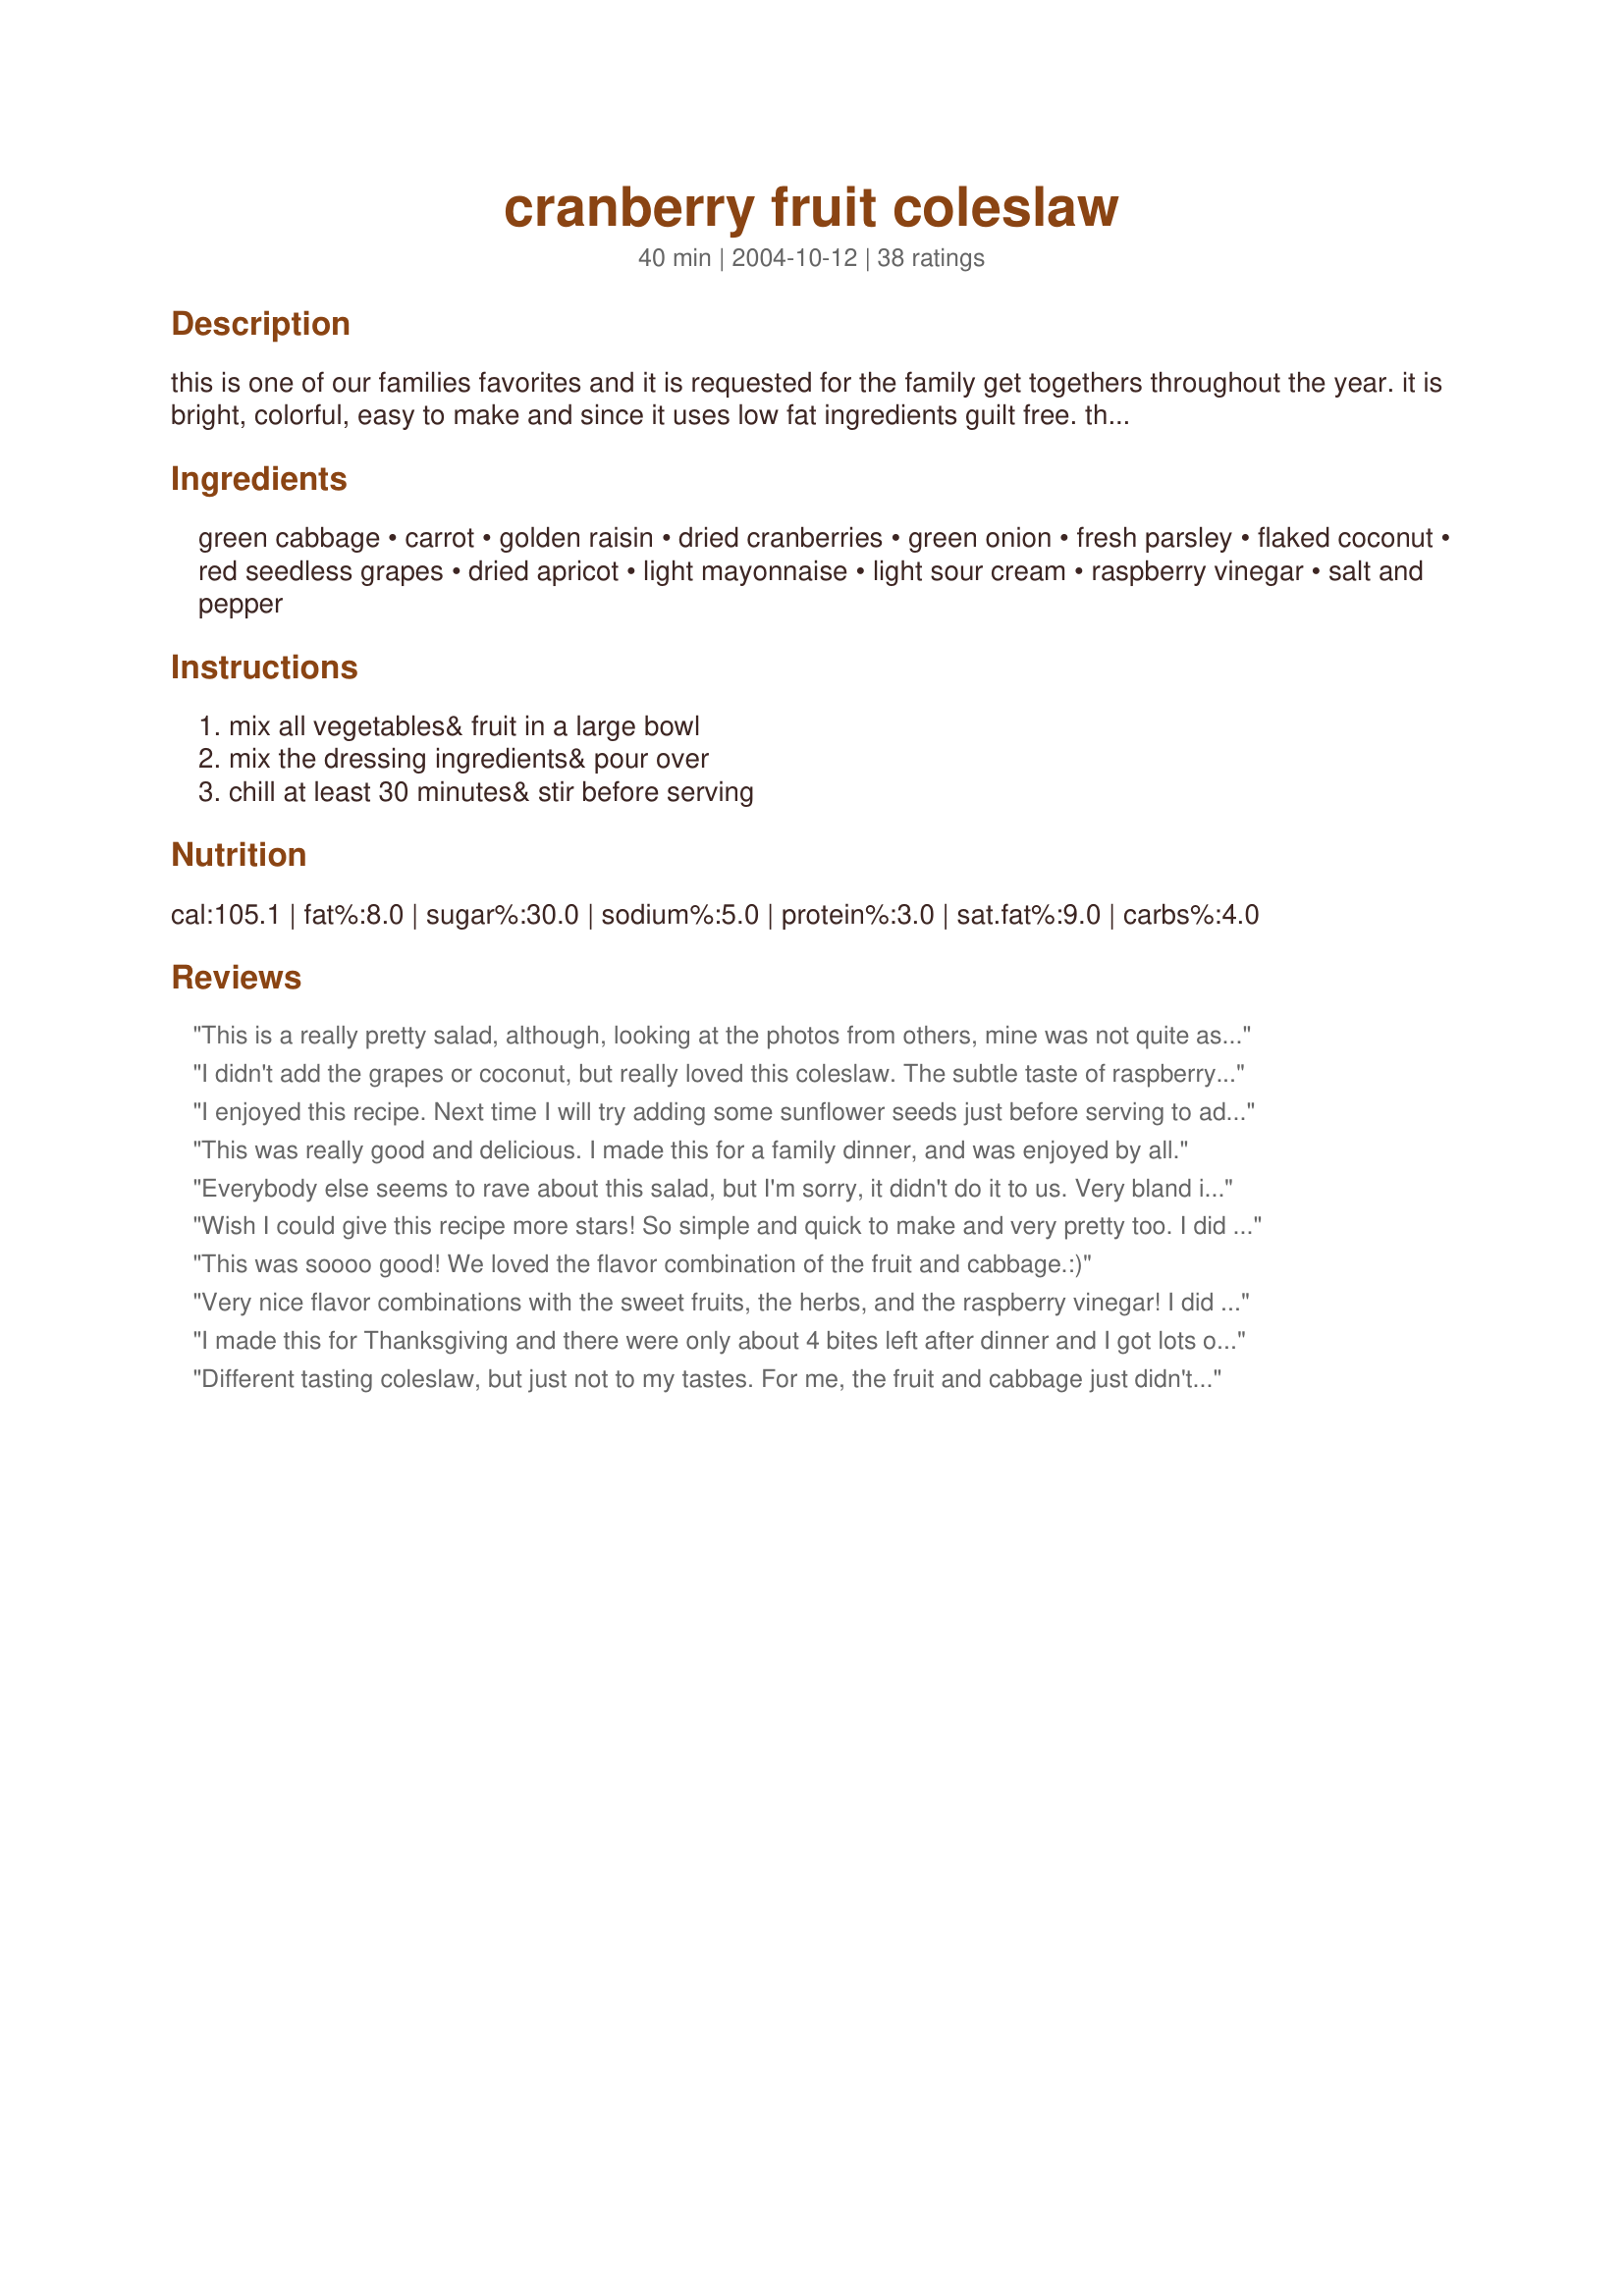
cranberry fruit coleslaw
Preparation time: 40 minutes

this is one of our families favorites and it is requested for the family get togethers throughout the year. it is bright, colorful, easy to make and since it uses low fat ingredients guilt free. the recipe was adapted from one served at the kimbell museum in fort worth texas.

Ingredients:
green cabbage, carrot, golden raisin, dried cranberries, green onion, fresh parsley, flaked coconut, red seedless grapes, dried apricot, light mayonnaise, light sour cream, raspberry vinegar, salt and pepper

Steps:
mix all vegetables& fruit in a large bowl, mix the dressing ingredients& pour over, chill at least 30 minutes& stir before serving

Reviews:
This is a really pretty salad, although, looking at the photos from others, mine was not quite as pretty as some. I highly recommend using the raspberry vinegar - it really added a bright fresh flavor to the dressing. My raisins were kind of hard and old, but after sitting in the salad a while they did absorb some moisture and soften up. I think a nice addition to this salad would be some chopped nuts, such as pecans or walnuts. I didn't have any coconut, so left that out. I don't think it hurt the salad at all, but not sure about that. This would certainly be a great colesalw for a special dinner. The grapes and dried apricots really were wonderful and "made" the salad, in my opinion. I wouldn't say they were optional.
I didn't add the grapes or coconut, but really loved this coleslaw. The subtle taste of raspberry in the dressing is so good. ETA: On the second day, I did add some coconut and I must say, the coleslaw was even better!
I enjoyed this recipe. Next time I will try adding some sunflower seeds just before serving to add a little crunch. This was an easy salad to prepare especially if you use a prepackaged coleslaw mix. The flavour of this salad is enhanced if left to sit longer, so if possible make it the day before you need it. Thanks for the recipe.
This was really good and delicious. I made this for a family dinner, and was enjoyed by all.
Everybody else seems to rave about this salad, but I'm sorry, it didn't do it to us. Very bland in our opinion, but I suppose that is the idea here, subtleness.
Wish I could give this recipe more stars! So simple and quick to make and very pretty too. I did add a little more raisins and cranraisins just because I do like them a lot. Did not have the raspberry or cider vinegar so I used 2 tablespoons of red wine vinegar with about 1 teaspoon of brown sugar. The coconut is so good with just a hint of taste! I did not add salt, pepper, or the apricots although next time I will try with the apricots.Thanks so much SusieD, fantastic slaw!
This was soooo good! We loved the flavor combination of the fruit and cabbage.:)
Very nice flavor combinations with the sweet fruits, the herbs, and the raspberry vinegar! I did add just about a tbls. of sugar(I'm so used to sweet!), otherwise followed directions. I added dried apricots too. Thank you Susie!
I made this for Thanksgiving and there were only about 4 bites left after dinner and I got lots of compliments! If (when) I make this again, I think I will cut down on the dressing a little bit because I felt like there was too much (if I poured more carefully, I could have probably prevented that problem). I live in China so I made a couple of slight changes. I left out the coconut because I don't have any. I also substituted a mulberry vinegar/drink for the raspberry vinegar. Thanks for posting this!
Different tasting coleslaw, but just not to my tastes. For me, the fruit and cabbage just didn't work well together.
This was SO yummy! I made tonight for a impromtu cookout with neighbors and they all loved it and want the recipe! Great job!
Try it, love it! A great combination of cabbage and dried fruits. Parsley added just the right touch of herbal flavors. I love the combination of sweetness and the slight tart taste of the dressing. I subed green onions by leek and this works well here. I have used also dried apricots and grapes and I suggest not to leave them out. The raspberry vinegar is just in line with the fruity flavors. What to say more than this easy to make slaw is a keeper and I sure will make it again soon.
Delicious!!! Served this salad to guests and everyone loved it. I did not add the raisins( son doesn't eat them) but added a bit more of the other dried fruit to compensate. I used the raspberry vinigar. and I did add 1 teaspoon sugar. Beautiful served in a clear glass bowl. Will be making this again soon. Thank-you for this great recipe Susie D
I made this for our dinner tonight. This is something completely different then what I normally make. I did not add the grapes or apricots but followed recipe otherwise. We really liked this, DD and I couldnt' stop eating this. Great flavor combo. Thank you for sharing this recipe with us.
This was delicious, and we all really liked it. It made quite a bit, so we had more for lunch the next day. The dressing really spruced up the coleslaw nicely without overpowering it. I didn't include the flaked coconut, since I didnt' have any on hand. But I'll definitely make this again, and will not change a thing. Thanks, Susie D.
Loved this! I'm usually not a big fan of cole slaw, it's either too mayonnaisey or has too much of a vinegary bite for me. I'd consider this more of a salad that also happens to be slaw. The combination of fruits is just wonderful and the dish is very colorful. A great and different side dish year-round, not just for cole slaw ocassions. Thanks, Susie, for a great recipe!
I had a package of broccoli slaw in the fridge that really needed to be used and this was a perfect way to use it. As I am typing the review, I realized that the green onions were left out but they were not missed during the eating. The plain yogurt replaced the sour cream. This is a great dish for potlucks and summer cookouts. Something I will make again. Made for *ZWT 4*
this was very good. i left out the apricot and green onion as i didn't have any. i used a 16oz bag of prepared coleslaw mix and it worked out perfectly. thanks for sharing!
Great, my family wants this brought to every get together.
This coleslaw is different from the other I made but it's so yummy. It was great with the dried cranberries, raisins and coconut. Thanks Susie :) Made for PAC Fall 2011
I liked this just fine. My daughter liked it OK-I think she didn't care for the onion or vinegar. It was very easy, especially since I used bagged shredded cabbage & carrot mix. I think I'll try this again with fat free/sugar free vanilla yogurt as the dressing. That might appeal to my daughter more. Thanks for posting.
This was great. My husband doesn't like coleslaw liked this. Yeah! I sprinkled with sunflower seeds.
l made this to go with Pulled Pork sandwiches for New Year&#039;s Eve. Great! I omitted the carrot b/c I used a bagged, shredded Coleslaw mix that already had some carrots. Everyone loved the coleslaw!
Had a guest for dinner last night who is not terribly forthcoming with compliments and he loved this slaw. I did not add the coconut as I am not partial to sweet things and also was out of sour cream. I love fruit in my regular green salads and am delighted to find a slaw recipe which incorporates fruit as well. Thanks for a tasty new treat.
I loved this. I served it with fish and roasted potatoes. A trick is to use a coleslaw mix if you are in a pinch. I added some sultana raisins as well I ran out of the golden I only had about 1/4 cup . Thanks for the recipe, Made for ZWT4 for the Chic Chefs.
Very good coleslaw that's a bit different from the rest! I also used the optional grapes and apricots but skipped the parsley. Very good! Thanks for sharing!
This ones a wow! I added extra salads to my holiday menu this year and we all loved this one. It is a perfect salad to grace a holiday table. Looks impressive, and so deliciously different. Made as posted using the cider vinegar and since it was Christmas I did add some extra cranberries! A wonderful combination. Thank you for posting, this one will see a good many repeats.
I cut this down a good deal until it was enough for me to have for lunch as a big salad rather than a side and I really enjoyed it. I went for the raisins and cranberries and left out the coconut just because it is one of the few foods I don't like. I also went for the raspberry vinegar option and threw in some broccoli because of the comments from others. The whole thing wasn't nearly as sweet as I thought it might have been. Instead the fruit just added a background of sweetness. I am certain I will make this again and adapt it to try different combos of fruit. Made for ZWT4.
I made this when visiting family and it was a big hit. I couldn't find straight raspberry vinegar so I bought raspberry basalmic vinegar and it seemed to work just fine. Serve the salad with Halibut Florentine which was fantastic. Here's the recipe link: http://www.food.com/recipe/halibut-florentine-216171. I also posted your recipe on a Foodies on Facebook group I belong to and have had positive reponses to it. I linked it back to here so you would get the credit. Thanks for posting this.
This is an extremely good slaw. I had this as a late lunch with a glass of milk. I used the raspberry vinegar, low fat mayo. I'll admit that I did use fat free sour cream which I didn't find to be a problem - I am used to it's taste and texture. I added both the apricot and grapes. The dressing mixed with the cabbage and various fruit created a really delicious complex flavor. I loved the tang of the vinegar among the sweetness of the fruit. I will definitely be making this again!! Thanks Susie!
This was delicious although I think the name of the recipe should
be something like &quot;mixed fruit&quot; coleslaw. There are five fruits listed including the fruit flavored vinegar. I used apple cider vinegar and for the best flavor prepared the slaw early in the day. This was served with leftover chicken and rice dish and I will be making it again soon as it was not only good it was quick and easy to whip together. Prepared for Best of 2015 tag game.
I had everything to make this! My cabbage was bitter so added 2 teaspoons of sugar. I tasted it before chilling and thought it was fine but I could not taste the coconut. So I will see if that changes after it chills, if it does I'll come back and update my review. Thank you for posting. I made this for *Zaar World Tour 4* 2008 round 3 the *Canadian Region* I'm playing on the team *Tastebud Tickling Travelers* Go team go!
Thanks for this, I've made it about four times in the past five weeks. I put some celery and roasted sunflower seeds in it as well... doesn't need the celery, but the sunflower seeds are a nice touch. thanks again...
We really enjoyed this tasty and refreshing coleslaw. Made exactly as written and wouldn&#039;t change a thing. I did use both the optional ingredients and so glad that I did; they added a lovely natural sweetness . The sauce was creamy and flavorful but not overpowering, adding just the right amount of creaminess. All the different ingredients enhanced this slaw without competing with one another, creating a memorable dish, with lovely contrasting flavors and textures. Thank you so much for sharing Susie, we will be enjoying this often during the hot months to come. Made for Spring Pac 2014.
We loved this, Susie! I skipped the raisins and added extra dried cranberries, grapes, and dried apricots. I didn't have rasberry vinegar on hand, so I used Late Harvest Riesling vinegar in the dressing--it worked quite well. We'll be having this one often--thank you so much for posting it!
Wonderful blend of flavors & easy to put together. I ran short of dried cranberries ( DH the pantry mouse at work again) so I made up the difference with raspberry flavored raisins. Otherwise, I made it exactly as written. Will definitely make again.
I really, really, really loved this coleslaw. I thought might be overly sweet, but it wasnt. I didnt use the dried apricots but other than that, mixed the slaw per directions. We will definitely be having this one again! Made for ZWT4.
Made this for Thanksgiving--used bagged coleslaw to save time--excellent!!
